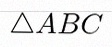
\triangle ABC